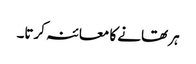
ہر تھانے کا معائنہ کرتا۔